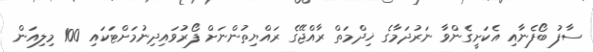
ސާފު ބޯފެނާއި އެކަށީގެންވާ ނަރުދަމާގެ ޚިދްމަތް ރާއްޖޭގެ ރައްޔިތުންނަށް ފޯރުވައިދިނުމަށްޓަކައި 100 މިލިއަން